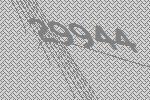
29944